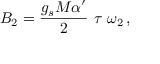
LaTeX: B _ { 2 } = \frac { g _ { s } M \alpha ^ { \prime } } { 2 } \ \tau \ \omega _ { 2 } \, ,